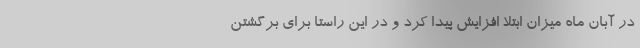
در آبان ماه میزان ابتلا افزایش پیدا کرد و در این راستا برای برگشتن